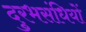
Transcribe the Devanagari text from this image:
दुरभसंधियों